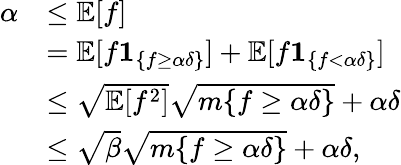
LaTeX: \begin{array}{rl}{\alpha}&{\leq\mathbb E[f]}\\ &{=\mathbb E[f\boldsymbol 1_{\{ f\geq\alpha\delta\} }]+\mathbb E[f\boldsymbol 1_{\{ f<\alpha\delta\} }]}\\ &{\leq\sqrt{\mathbb E[f^{2}]}\sqrt{m\{ f\geq\alpha\delta\} }+\alpha\delta}\\ &{\leq\sqrt\beta\sqrt{m\{ f\geq\alpha\delta\} }+\alpha\delta,}\end{array}